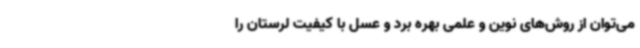
می‌توان از روش‌های نوین و علمی بهره‌ برد و عسل با کیفیت لرستان را